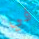
في